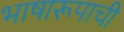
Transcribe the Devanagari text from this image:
भाषारूपाची